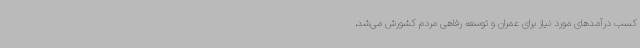
کسب درآمدهای مورد نیاز برای عمران و توسعه رفاهی مردم کشورش می‌شد،